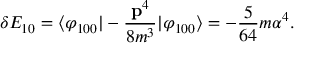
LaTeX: \delta E _ { 1 0 } = \langle \varphi _ { 1 0 0 } \vert - { \frac { { \bf p } ^ { 4 } } { 8 m ^ { 3 } } } \vert \varphi _ { 1 0 0 } \rangle = - { \frac { 5 } { 6 4 } } m \alpha ^ { 4 } .